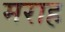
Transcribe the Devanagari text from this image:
मराह